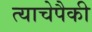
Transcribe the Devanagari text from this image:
त्याचेपैकी